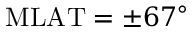
\mathrm { M L A T } = \pm 6 7 ^ { \circ }